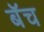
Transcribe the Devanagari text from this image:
बॅच